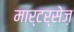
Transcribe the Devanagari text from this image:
मार्टर्सेज़